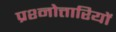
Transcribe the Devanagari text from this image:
प्रश्नोत्तारियों